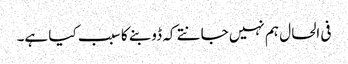
فی الحال ہم نہیں جانتے کہ ڈوبنے کا سبب کیا ہے۔